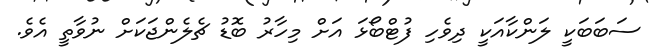
ސަބަބަކީ ލަންކާއަކީ ދިވެހި ފުޓްބޯޅަ އަށް މިހާރު ބޮޑު ޗެލެންޖަކަށް ނުވާތީ އެވެ.